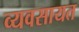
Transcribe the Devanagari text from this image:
व्यवसायत